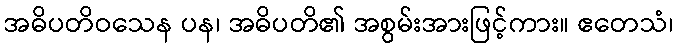
အဓိပတိဝသေန ပန၊ အဓိပတိ၏ အစွမ်းအားဖြင့်ကား။ ဧတေသံ၊